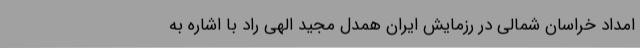
امداد خراسان شمالی در رزمایش ایران همدل مجید الهی راد با اشاره به